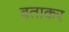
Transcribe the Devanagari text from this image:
वताकर